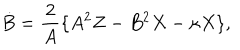
\dot { B } = \frac { 2 } { A } \{ A ^ { 2 } Z - B ^ { 2 } X - \kappa X \} ,